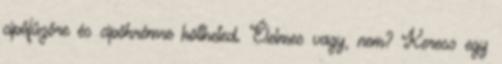
cipőfűzőre és cipőkrémre költheted. Élelmes vagy, nem? Keress egy